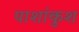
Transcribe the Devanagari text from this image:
पाशांकुश